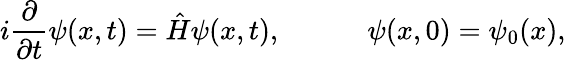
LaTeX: i\frac{\partial}{\partial t}\psi(x,t)=\hat{H}\psi(x,t),\qquad\quad\psi(x,0)=\psi_{0}(x),